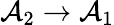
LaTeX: \mathcal{A}_{2}\rightarrow\mathcal{A}_{1}